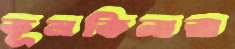
কূলকিনারা